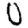
Digit: 0